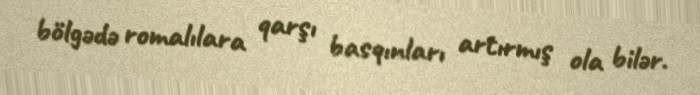
bölgədə romalılara qarşı basqınları artırmış ola bilər.